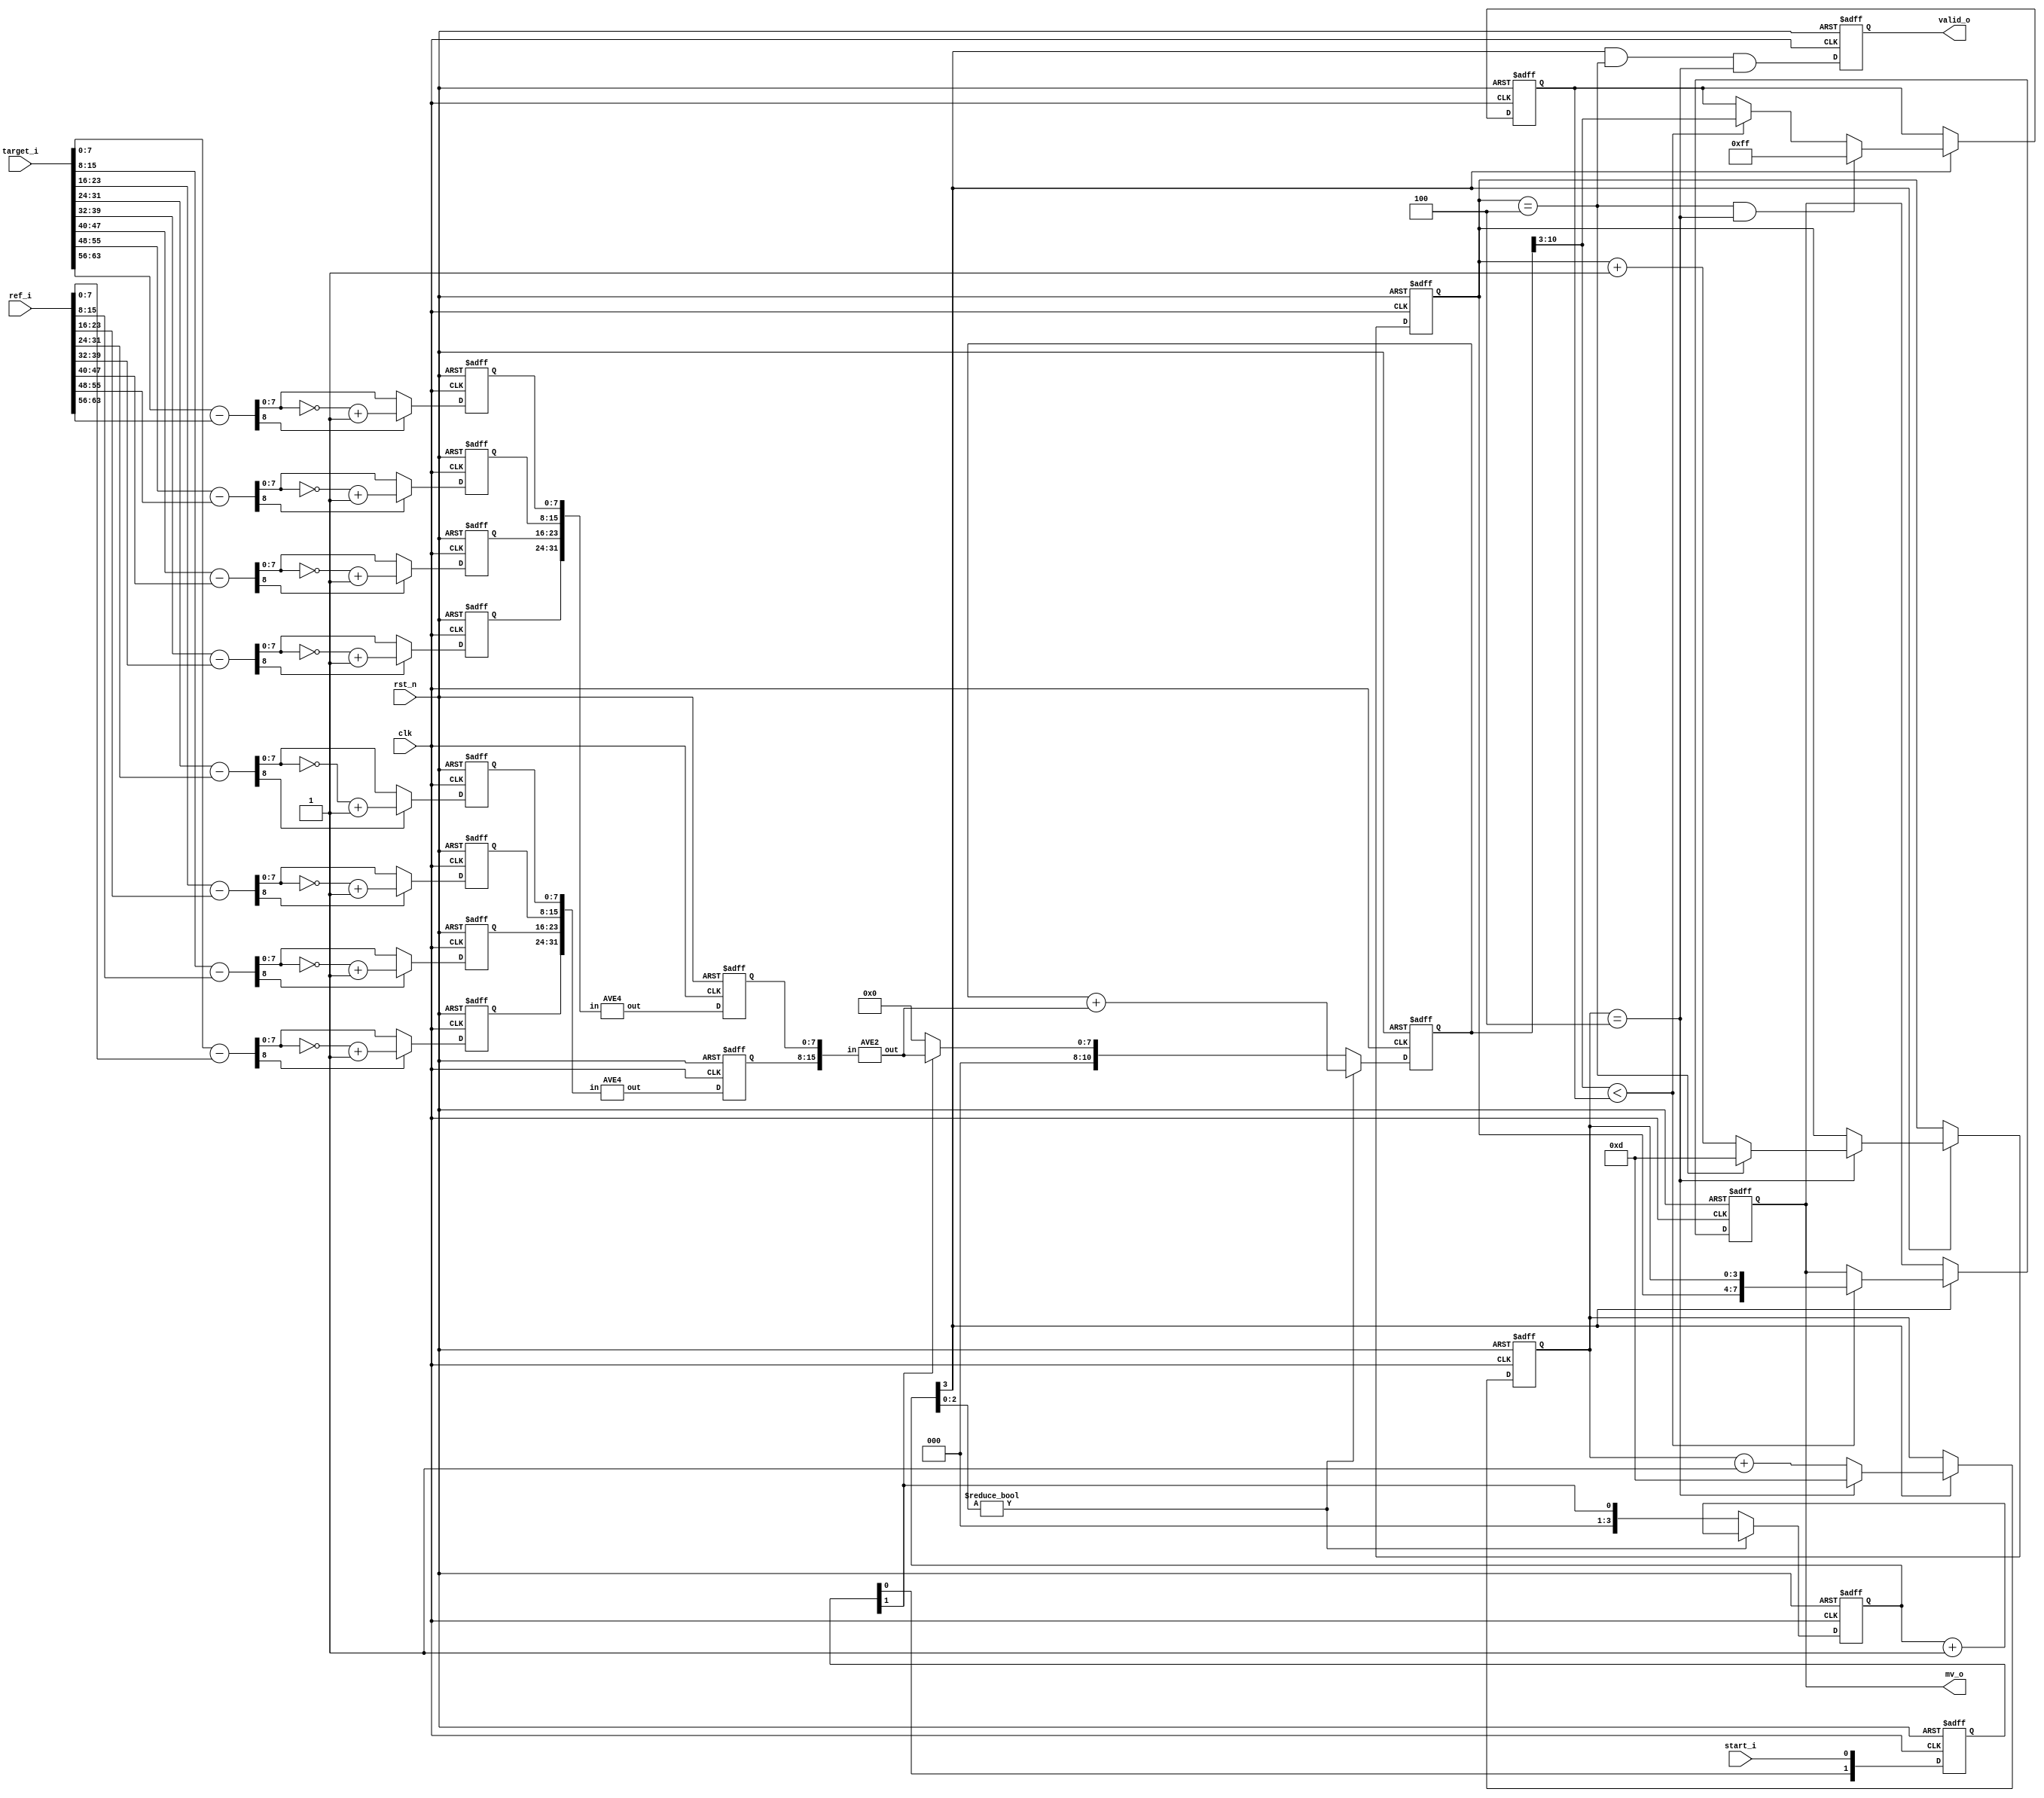
`define AVE_TRUNC

module Box(
    input                       clk,
    input                     rst_n,
    input                   start_i,
    input      [8*8-1 : 0] target_i,
    input      [8*8-1 : 0]    ref_i,
    output reg              valid_o,
    output reg       [7:0]     mv_o
);

integer i;
genvar ig;


reg  [1:0] start_i_buf;
wire [1:0] n_start_i_buf;
assign n_start_i_buf = {start_i_buf[0], start_i};

// stage 1
wire [8:0]  minus [7:0];
wire [7:0]    abs [7:0];
reg  [7:0] stage1 [7:0];

generate
    for (ig = 0; ig < 8; ig = ig+1) assign minus[ig] = {1'b0, target_i[ig*8 +: 8]} - {1'b0, ref_i[ig*8 +: 8]};
    for (ig = 0; ig < 8; ig = ig+1) assign abs[ig] = minus[ig][8] ? ~minus[ig][7:0] + 8'd1 : minus[ig][7:0];
endgenerate

//stage 2
wire [7:0] n_stage2 [1:0];
reg  [7:0]   stage2 [1:0];
generate
    for (ig = 0; ig < 2; ig = ig+1) AVE4 ave4_2 ( .in({stage1[4*ig], stage1[4*ig +1], stage1[4*ig+2], stage1[4*ig+3]}), .out(n_stage2[ig]) );
endgenerate

// stage 3
reg  [10:0] MAE;
wire [10:0] n_MAE;
wire [ 7:0] batch_final;
reg  [ 3:0] batch;
wire [ 3:0] n_batch;

AVE2 ave2_31 (.in({stage2[0], stage2[1]}), .out(batch_final) );
assign n_batch = batch[2:0] ? batch + 3'd1 : {3'b0, start_i_buf[1]};
assign n_MAE   = batch[2:0] ? MAE + {3'd0, batch_final} : 
                 start_i_buf[1] ? {3'd0, batch_final} : 11'd0;

reg  [7:0] best, n_best, n_mv_o;
reg  [3:0] mv_row, mv_col, n_mv_row, n_mv_col;
wire       n_valid_o;


assign n_valid_o   = batch[3] && mv_row == 4'd4 && mv_col == 4'd4;

always @(*) begin
    if(batch[3]) begin
        if (mv_row == 4'd4 && mv_col == 4'd4)n_best = 8'hff;
        else n_best = (MAE[10:3] < best) ? MAE[10:3] : best;

        n_mv_o = (MAE[10:3] < best) ? {mv_row, mv_col} : mv_o;

        n_mv_col = (mv_col == 4'd4) ? 4'b1101 : mv_col + 4'd1;
        if(mv_col == 4'd4)n_mv_row = (mv_row == 4'd4) ? 4'b1101 : mv_row + 4'd1;
        else n_mv_row = mv_row;

    end else begin
        n_best = best;
        n_mv_o = mv_o;
        n_mv_row = mv_row;
        n_mv_col = mv_col;
    end
end

always @(posedge clk or negedge rst_n) begin
    if(~rst_n) begin
        for(i = 0; i <8; i = i+1)stage1[i] <= 0;
        for(i = 0; i <2; i = i+1)stage2[i] <= 11'h7ff;
        MAE   <= 0;
        batch <= 3'd0;

        start_i_buf <= 3'b0;
        batch       <= 3'b0;
        best        <= 8'hff;
        mv_row      <= 4'b1101;
        mv_col      <= 4'b1101;
        valid_o     <= 1'b0;
        mv_o        <= 8'b0;
    end else begin
        for(i = 0; i <8; i = i+1)stage1[i] <= abs[i];
        for(i = 0; i <2; i = i+1)stage2[i] <= n_stage2[i];
        MAE   <= n_MAE;
        batch <= n_batch;

        start_i_buf <= n_start_i_buf;
        batch       <= n_batch;
        best        <= n_best;
        mv_row      <= n_mv_row;
        mv_col      <= n_mv_col;
        mv_o        <= n_mv_o;
        valid_o     <= n_valid_o;
    end
end

endmodule


module AVE2 #(parameter WIDTH = 8)(
    input  [2*WIDTH-1 : 0] in,
    output   [WIDTH-1 : 0] out
);
    `ifdef AVE_TRUNC
    wire [WIDTH : 0] add;
    assign add = {1'b0, in[WIDTH-1 : 0]} + {1'b0, in[2*WIDTH-1 : WIDTH]};
    assign out = add[WIDTH:1];
    `else
    assign out = in[WIDTH-1 : 0] > in[2*WIDTH-1 : WIDTH] ? in[WIDTH-1 : 0] : in[2*WIDTH-1 : WIDTH];
    `endif
endmodule

module AVE4 #(parameter WIDTH = 8)(
    input  [4*WIDTH-1 : 0] in,
    output   [WIDTH-1 : 0] out
);
    wire [2*WIDTH-1 : 0] inner;

    AVE2 #(.WIDTH(WIDTH)) ave1 (.in(in[2*WIDTH-1 :       0]), .out(inner[  WIDTH-1 :     0]) );
    AVE2 #(.WIDTH(WIDTH)) ave2 (.in(in[4*WIDTH-1 : 2*WIDTH]), .out(inner[2*WIDTH-1 : WIDTH]) );
    AVE2 #(.WIDTH(WIDTH)) ave3 (.in(                  inner), .out(                     out) );
endmodule